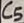
Text: C5